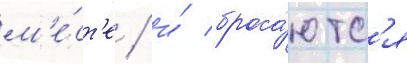
м'е́ст'е / и́ броса́ютс'я